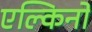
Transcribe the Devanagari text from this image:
एल्किनो